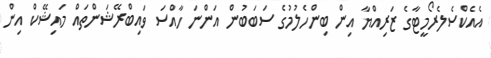
އެއެކްސެލެރޯމީޓާގެ ޒަރިއްޔާ އިން ބިންހެލުމުގެ ސަބަބުން އަންނަ ހާއްސަ ވައިބްރޭޝަންތައް މައިޝޭކް އިން